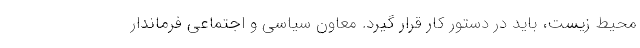
محیط زیست، باید در دستور کار قرار گیرد. معاون سیاسی و اجتماعی فرماندار